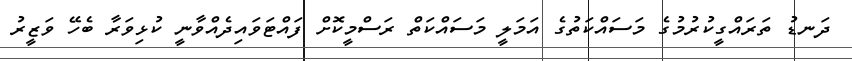
ދަނޑު ތަރައްގީކުރުމުގެ މަސައްކަތުގެ އަމަލީ މަސައްކަތް ރަސްމީކޮށް ފައްޓަވައިދެއްވާނީ ކުޅިވަރާ ބެހޭ ވަޒީރު